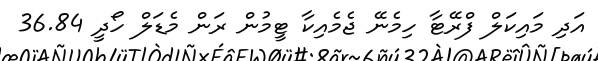
އަދި މައިކަލް ފްރޭޓާ ހިމެނޭ ޖެމެއިކާ ޓީމުން ރަން މެޑަލް ހޯދީ 36.84